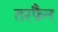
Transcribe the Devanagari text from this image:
तरफै़न